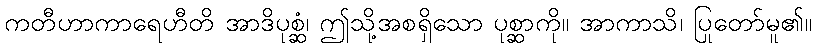
ကတီဟာကာရေဟီတိ အာဒိပုစ္ဆံ၊ ဤသို့အစရှိသော ပုစ္ဆာကို။ အာကာသိ၊ ပြုတော်မူ၏။